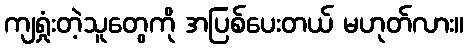
ကျရှုံးတဲ့သူတွေကို အပြစ်ပေးတယ် မဟုတ်လား။